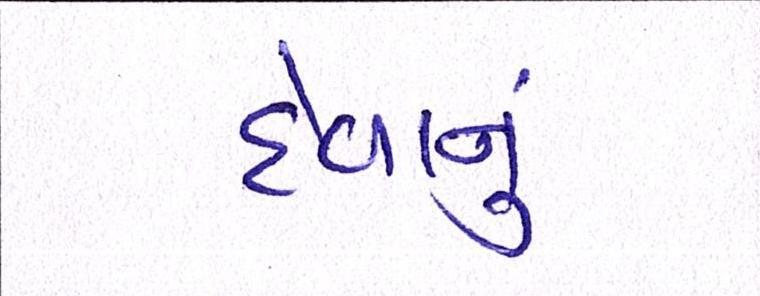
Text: દેવાનું